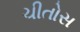
ચીતોસ